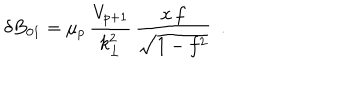
LaTeX: \delta B _ { 0 1 } = { \mu _ { p } } \, \frac { V _ { p + 1 } } { k _ { \bot } ^ { 2 } } \, \frac { x \, f } { \sqrt { 1 - f ^ { 2 } } } ~ ~ .